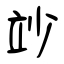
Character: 竗